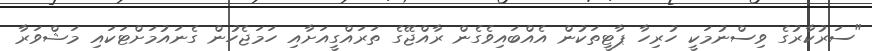
"ސަރުކާރުގެ ވިސްނުމަކީ ހުރިހާ ޕާޓީތަކުން އެއްބައިވެގެން ރާއްޖޭގެ ތަރައްގީއަށާއި ހަމަޖެހުން ގެނައުމަށްޓަކައި މަޝްވަރާ